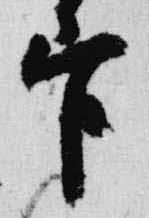
官